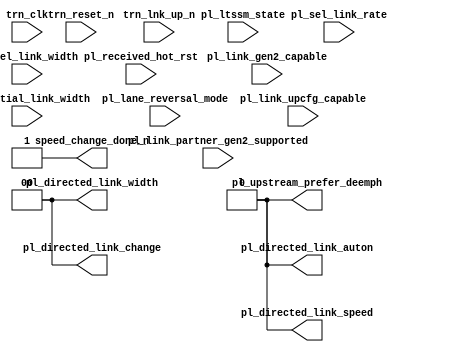
module pci_exp_usrapp_pl (

                          pl_initial_link_width,
                          pl_lane_reversal_mode,
                          pl_link_gen2_capable,
                          pl_link_partner_gen2_supported,
                          pl_link_upcfg_capable,
                          pl_ltssm_state,
                          pl_received_hot_rst,
                          pl_sel_link_rate,
                          pl_sel_link_width,
                          pl_directed_link_auton,
                          pl_directed_link_change,
                          pl_directed_link_speed,
                          pl_directed_link_width,
                          pl_upstream_prefer_deemph,
                          speed_change_done_n,

                          trn_lnk_up_n,
                          trn_clk,
                          trn_reset_n
                    
                          );


input [2:0]              pl_initial_link_width;
input [1:0]              pl_lane_reversal_mode;
input                    pl_link_gen2_capable;
input                    pl_link_partner_gen2_supported;
input                    pl_link_upcfg_capable;
input [5:0]              pl_ltssm_state;
input                    pl_received_hot_rst;
input                    pl_sel_link_rate;
input [1:0]              pl_sel_link_width;
output                   pl_directed_link_auton;
output [1:0]             pl_directed_link_change;
output                   pl_directed_link_speed;
output [1:0]             pl_directed_link_width;
output                   pl_upstream_prefer_deemph;
output                   speed_change_done_n;


input                    trn_lnk_up_n;
input                    trn_clk;
input                    trn_reset_n;

parameter                Tcq = 1;
parameter                LINK_CAP_MAX_LINK_SPEED = 4'h1;

reg                      pl_directed_link_auton;
reg [1:0]                pl_directed_link_change;
reg                      pl_directed_link_speed;
reg [1:0]                pl_directed_link_width;
reg                      pl_upstream_prefer_deemph;
reg                      speed_change_done_n;

initial begin

   pl_directed_link_auton <= 1'b0;
   pl_directed_link_change <= 2'b0;
   pl_directed_link_speed <= 1'b0;
   pl_directed_link_width <= 2'b0;
   pl_upstream_prefer_deemph <= 1'b0;
   speed_change_done_n <= 1'b1;

   if (LINK_CAP_MAX_LINK_SPEED == 4'h2) begin

     wait (trn_lnk_up_n == 1'b0);

     if (pl_link_gen2_capable && pl_link_partner_gen2_supported) begin

       wait (pl_sel_link_rate == 1'h1);
       wait (pl_ltssm_state == 6'h16);

       speed_change_done_n <= 1'b0; 

     end
   end

end

endmodule